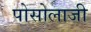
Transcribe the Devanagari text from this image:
पोसोलाजी